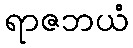
ရာဇဘယံ